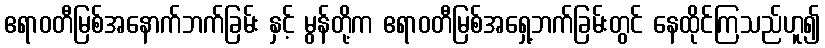
ဧရာဝတီမြစ်အနောက်ဘက်ခြမ်း နှင့် မွန်တို့က ဧရာဝတီမြစ်အရှေ့ဘက်ခြမ်းတွင် နေထိုင်ကြသည်ဟူ၍